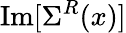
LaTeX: \operatorname{Im}[\Sigma^{R}(x)]